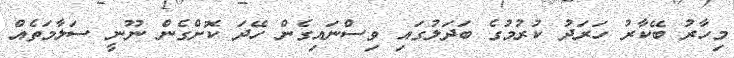
މިހާރު ބޭކާރު ހަރަދު ކުރުމުގެ ބަދަލުގައި ވިސްނައިގެން ހޭދަ ކޮށްގެން ނޫނީ ސަލާމަތެއް